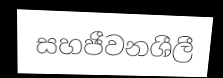
සහජීවනශීලී